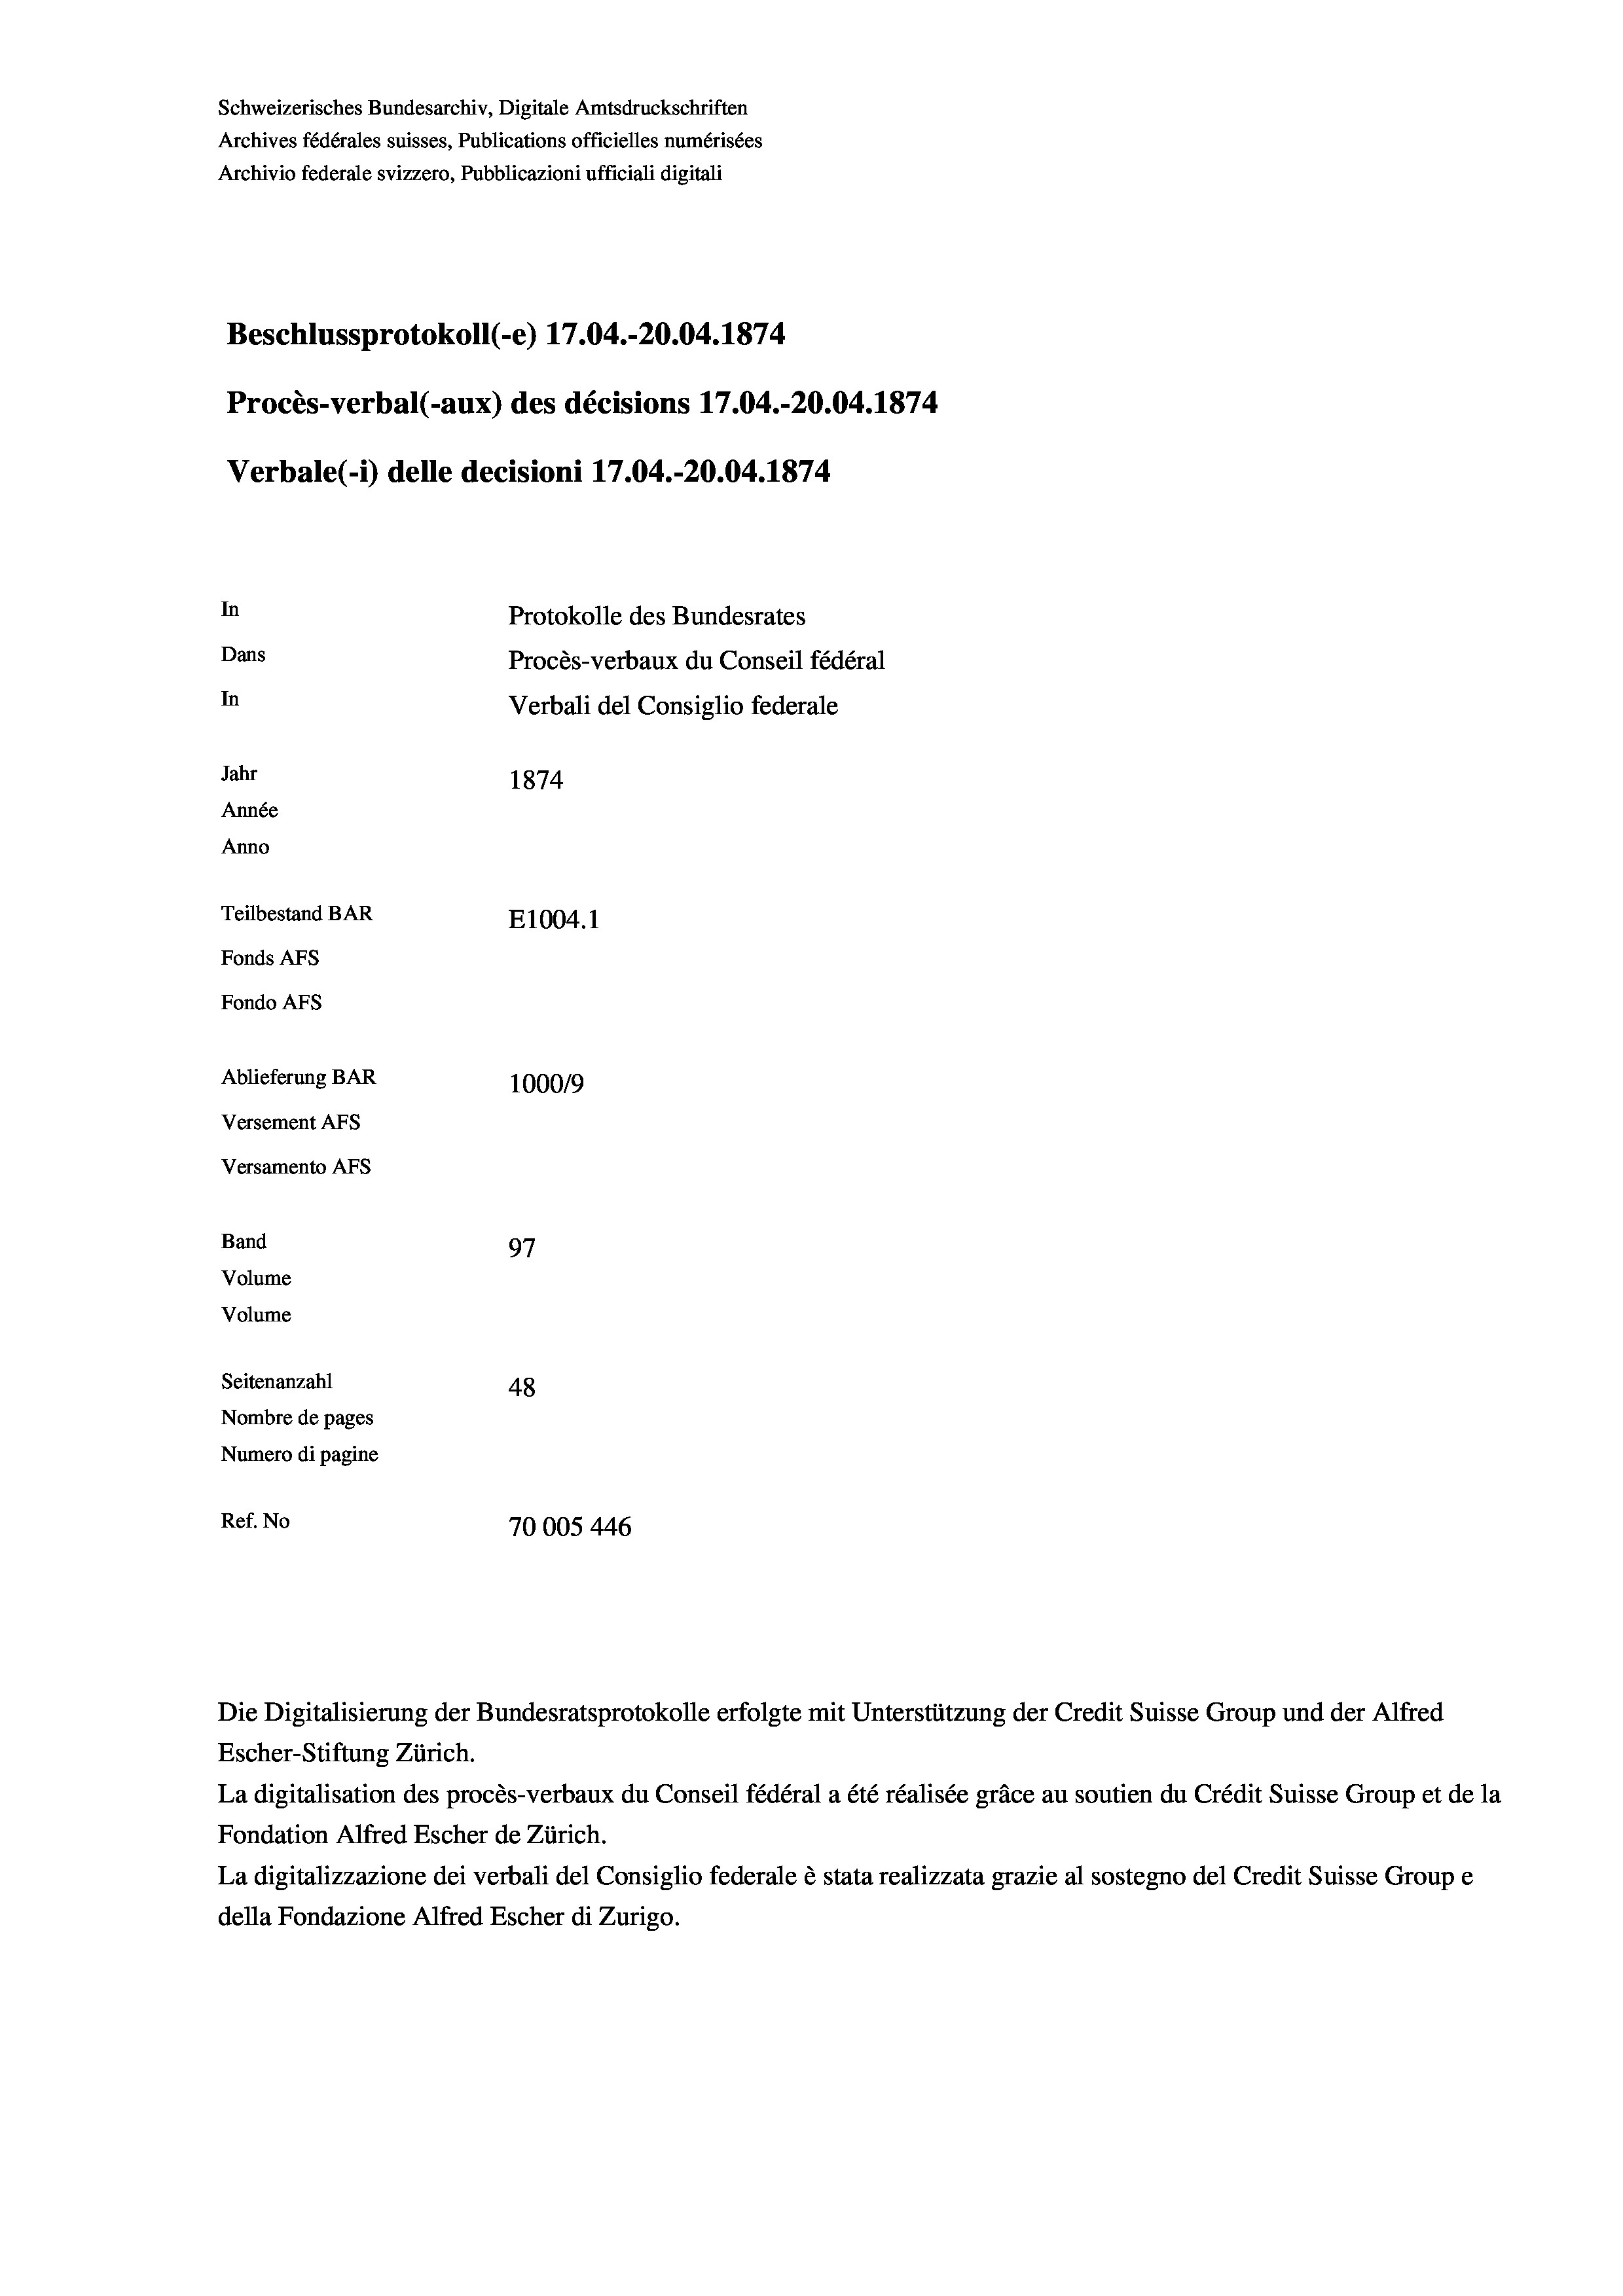
Schweizerisches Bundesarchiv, Digitale Amtsdruckschriften
Archives fédérales suisses, Publications officielles numérisées
Archivio federale svizzero, Pubblicazioni ufficiali digitali
Beschlussprotokoll (-e) 17.04.-20.04. 1874.
Procès-verbal (-aux) des décisions 17.04.-20.04. 1874
Verbale (- 1) delle decisioni 17.04.-20.04. 1874
In
Protokolle des Bundesrates
Dans
Procès-verbaux du Conseil fédéral
In
Verbali del Consiglio federale
Jahr
1874
Année
Anno
Teilbestand BAR
E1004. 1
Fonds AFs
Fondo AFs
Ablieferung BAR
100019
Versement AFs
Versamento Afs

Band
Volume
Volume

97
48
Nombre de pages
Numero di pagine
Ref. No
70005 446

Seitenanzahl

Die Digitalisierung der Bundesratsprotokolle erfolgte mit Unterstützung der Credit Suisse Group und der Alfred
Escher-Stiftung Zürich.
La digitalisation des procès-verbaux du Conseil fédéral a été réalisée gräce au soutien du Crédit Suisse Group et de la
Fondation Alfred Escher de Zürich.
La digitalizzazione dei verbali del Consiglio federale è stata realizzata grazie al sostegno del Credit Suisse Groupe
della Fondazione Alfred Escher di Zurigo.